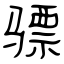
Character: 骠